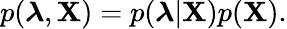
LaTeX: p(\boldsymbol{\lambda},\mathbf{X})=p(\boldsymbol{\lambda}|\mathbf{X})p(\mathbf{X}).